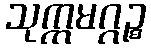
သုက္ကမဂ္ဂဉ္စ